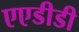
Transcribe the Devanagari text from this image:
एएडीडी